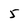
Character: 5